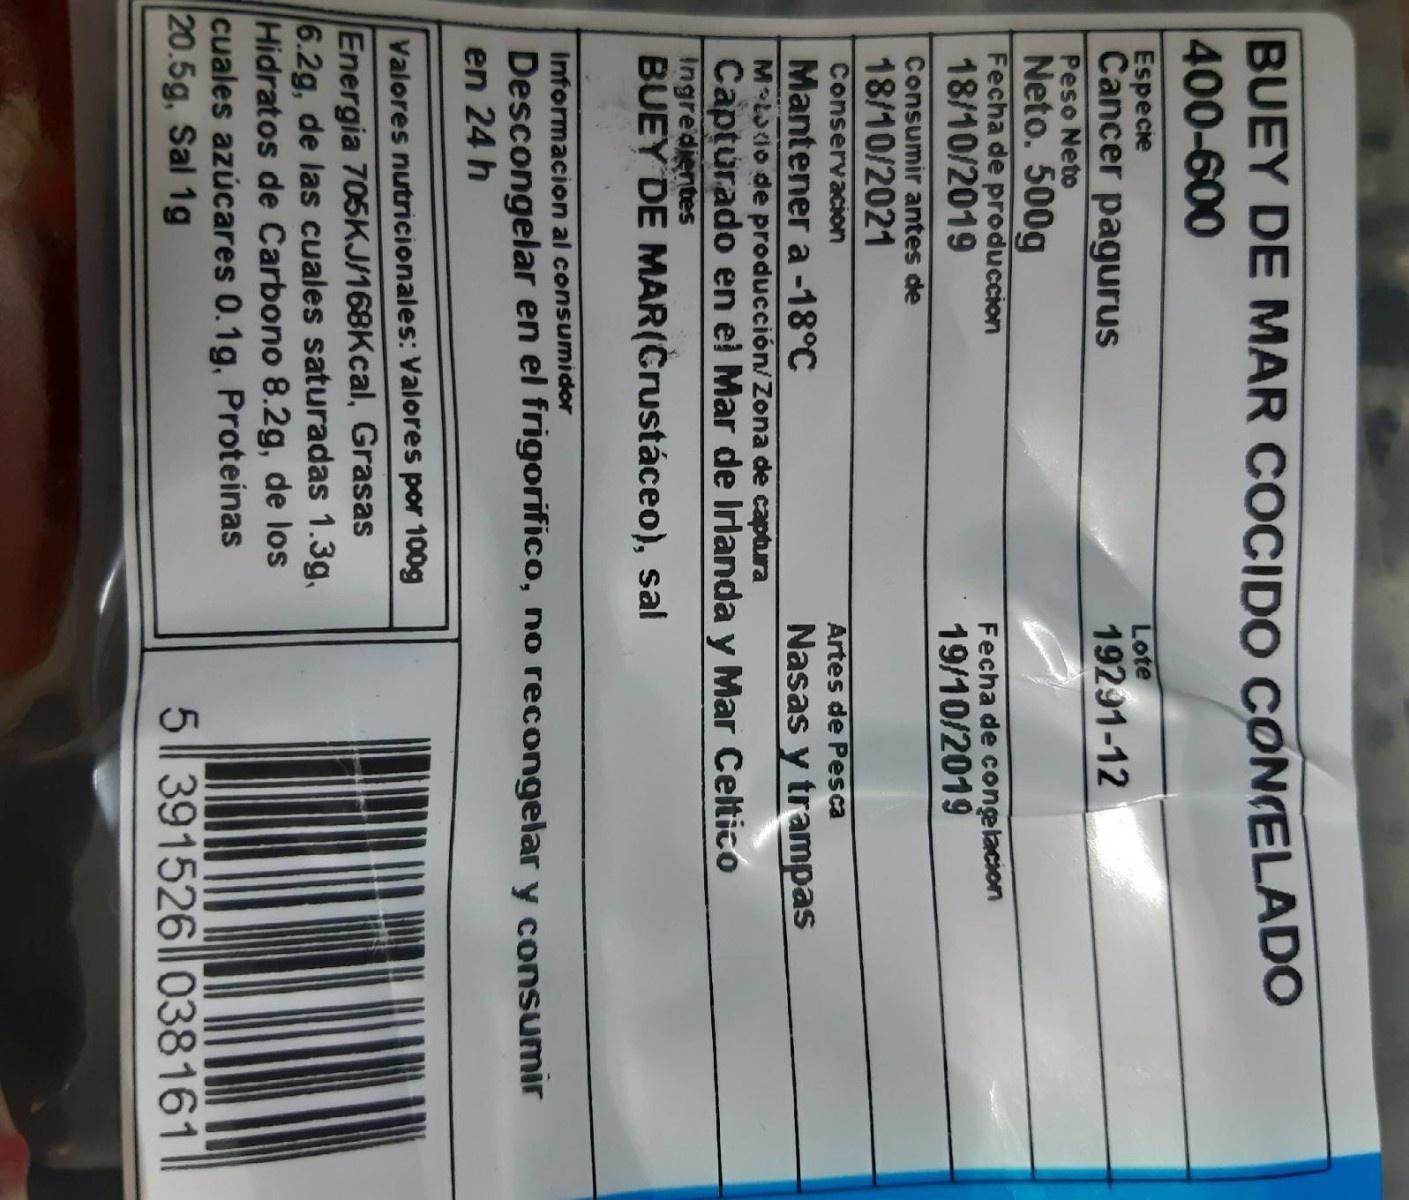
BUEY DE MAR COCIDO CONELADO 400-600
Especie Cancer pagurus
Lote
19291-12
Peso Neto Neto. 500g Fecha de produccion 18/10/2019
Fecha de conglacion 19/10/2019
Consumir antes de
18/10/2021
Conservacion
Artes de Pesca
Mantener a -18°C M Loio de producción/Zona de captura Capturado en el Mar de Irlanda y Mar Celtico Ingredientes BUEY DE MAR(Crustáceo), sal
Nasas y trampas
Informacion al consumidor
Descongelar en el frigorifico, no recongelar y consumir
en 24 h
Valores nutricionales: Valores por 100g
Energia 705KJ/168Kcal, Grasas 6.2g, de las cuales saturadas 1.3g, Hidratos de Carbono 8.2g, de los cuales azúcares 0.1g, Proteinas 20.5g, Sal 1g
5|| 391526|l 038161